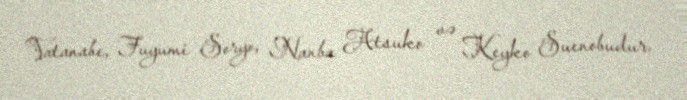
Vatanabe, Fuyumi Soryo, Nanba Atsuko və Keyko Suenobudur.